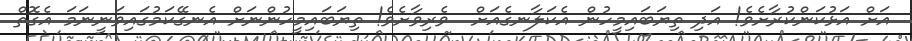
އަށް އަޅުކަންކުރާށެވެ! އަދި ތިޔަބައިމީހުން އެކަލާނގެއަށް  ވެރިވާށެވެ! ތިޔަބައިމީހުންނަށް އެނގޭކަމުގައިވަނީނަމަ އެގޮތް